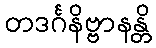
တဒင်္ဂနိဗ္ဗာနန္တိ